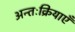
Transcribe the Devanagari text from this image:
अन्तःक्रियाएँ